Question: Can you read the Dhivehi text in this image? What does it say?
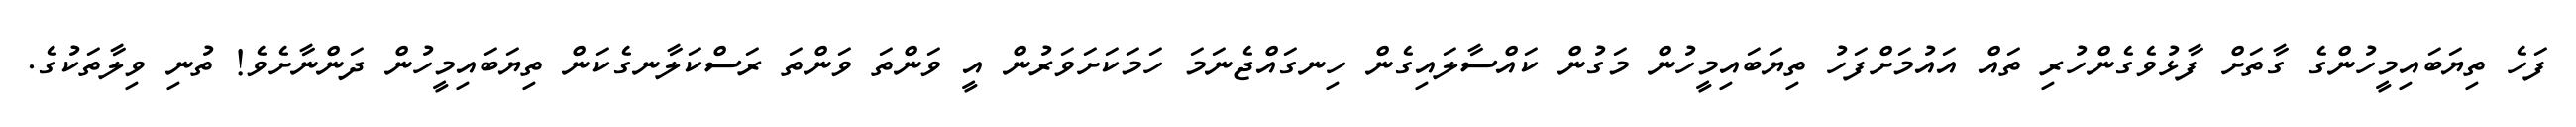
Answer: ފަހެ ތިޔަބައިމީހުންގެ ގާތަށް ފާޅުވެގެންހުރި ތައް އައުމަށްފަހު ތިޔަބައިމީހުން މަގުން ކައްސާލައިގެން ހިނގައްޖެނަމަ ހަމަކަށަވަރުން އީ ވަންތަ ވަންތަ ރަސްކަލާނގެކަން ތިޔަބައިމީހުން ދަންނާށެވެ! ތުނި ވިލާތަކުގެ.